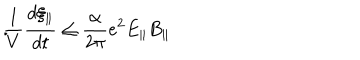
\frac { 1 } { V } \frac { d \xi _ { \parallel } } { d t } \leq \frac { \alpha } { 2 \pi } e ^ { 2 } E _ { \parallel } B _ { \parallel } \hspace { . 4 i n } .